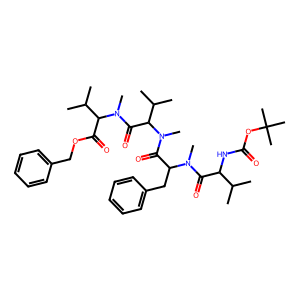
SMILES: CC(C)C(NC(=O)OC(C)(C)C)C(=O)N(C)C(Cc1ccccc1)C(=O)N(C)C(C(=O)N(C)C(C(=O)OCc1ccccc1)C(C)C)C(C)C
Inhibits HIV replication: No